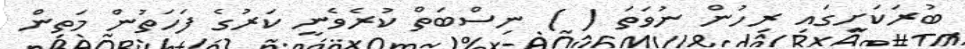
ބުރަކަށީގައި ރިހުން ނުވަތަ ( ) ނިސްބަތް ކުރެވެނީ ކަރުގެ ފަހަތުން މަތިން